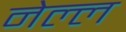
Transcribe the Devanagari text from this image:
नेल्ल